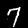
Digit: 7